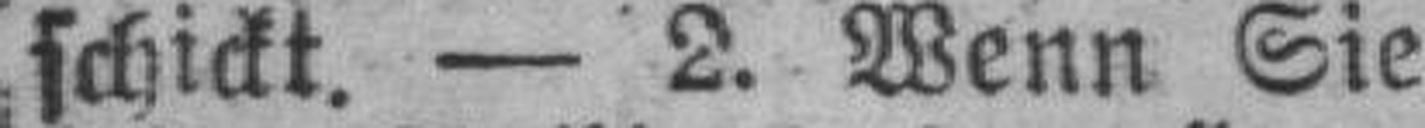
schickt. — 2. Wenn Sie